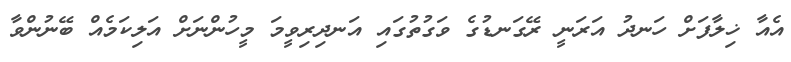
އެއާ ޚިލާފަށް ހަނދު އަރަނީ ރޭގަނޑުގެ ވަގުތުގައި އަނދިރިވީމަ މީހުންނަށް އަލިކަމެއް ބޭނުންވާ